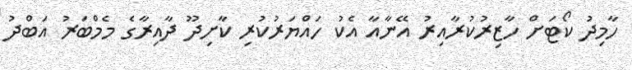
ހާމިދު ކޯޓަށް ހާޒިރުކުރާއިރު އޭނާއާ އެކު ހައްޔަރުކުރި ކާށިދޫ ދާއިރާގެ މެމްބަރު އަބްދު